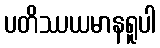
ပတိဿယမာနရူပါ